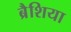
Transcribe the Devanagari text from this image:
ब्रैशिया